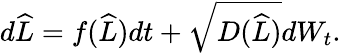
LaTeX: \begin{array}{r}{d\widehat{L}=f(\widehat{L})dt+\sqrt{D(\widehat{L})}dW_{t}.}\end{array}